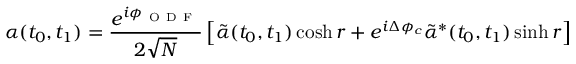
\alpha ( t _ { 0 } , t _ { 1 } ) = \frac { e ^ { i \phi _ { \mathrm { ~ O ~ D ~ F ~ } } } } { 2 \sqrt { N } } \left[ \tilde { \alpha } ( t _ { 0 } , t _ { 1 } ) \cosh r + e ^ { i \Delta \phi _ { c } } \tilde { \alpha } ^ { \ast } ( t _ { 0 } , t _ { 1 } ) \sinh r \right]